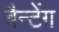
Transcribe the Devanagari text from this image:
बैन्टेंग